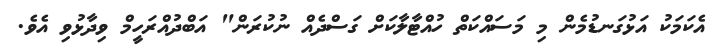
އެކަމަކު އަޅުގަނޑުމެން މި މަސައްކަތް ހުއްޓާލާކަށް ގަސްދެއް ނުކުރަން" އަބްދުއްރަހީމް ވިދާޅުވި އެވެ.